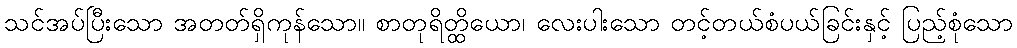
သင်အပ်ပြီးသော အတတ်ရှိကုန်သော။ စာတုရိတ္ထိယော၊ လေးပါးသော တင့်တယ်စံပယ်ခြင်းနှင့် ပြည့်စုံသော